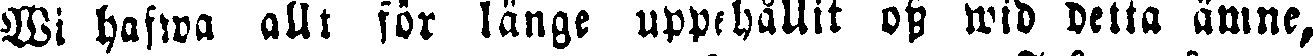
Si hafwa allt för länge uppehållit oss wid detta ämne,